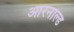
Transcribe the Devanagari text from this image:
आरनाल्ड